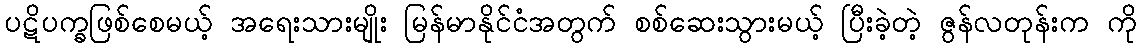
ပဋိပက္ခဖြစ်စေမယ့် အရေးသားမျိုး မြန်မာနိုင်ငံအတွက် စစ်ဆေးသွားမယ့် ပြီးခဲ့တဲ့ ဇွန်လတုန်းက ကို